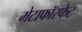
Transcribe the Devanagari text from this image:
मेटाफॉस्फेट